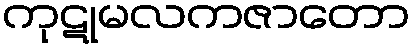
ကုဋုမလကဇာတော